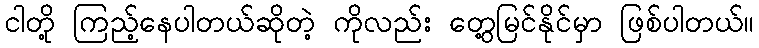
ငါတို့ ကြည့်နေပါတယ်ဆိုတဲ့ ကိုလည်း တွေ့မြင်နိုင်မှာ ဖြစ်ပါတယ်။